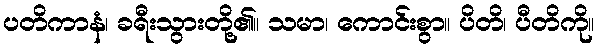
ပတိကာနံ၊ ခရီးသွားတို့၏။ သမာ၊ ကောင်းစွာ။ ပိတိ၊ ပီတိကို။